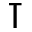
\intercal